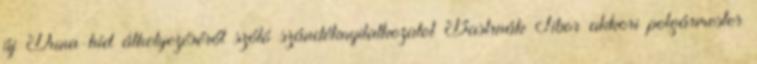
új Duna-híd áthelyezéséről szóló szándéknyilatkozatot Bastrnák Tibor akkori polgármester